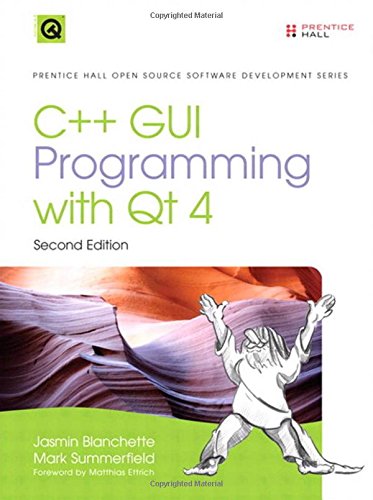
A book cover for C++ GUI Programming with Qt 4 (2nd Edition) (Prentice Hall Open Source Software Development Series); Jasmin Blanchette; Computers & Technology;